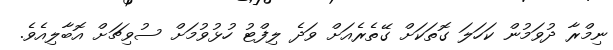
ނިމްރާ ދުވަމުން ކަހަލަ ގޮތަކަށް ގޭތެރެއަށް ވަދެ ލިފްޓު ހުޅުވުމަށް ސުވިޗަށް އޮބާލިއެވެ.